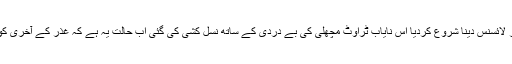
160 لیکن جب سے متعلقہ ادارے نے ٹارگٹ بنا بنا کر لائسنس دینا شروع کردیا اس نایاب ٹراوٹ مچھلی کی بے دردی کے ساتھ نسل کشی کی گئی اب حالت یہ ہے کہ غذر کے آخری کونے کھو کھش جھیل میں بھی مچھلی دستیاب نہیں ہے۔